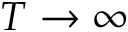
T \rightarrow \infty